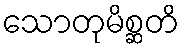
သောတုမိစ္ဆတိ